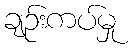
ချဉ်းကပ်မှု